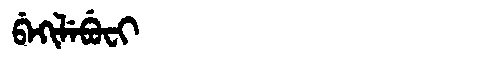
Manchu: ᠪᡝᡴᡳᠯᡝᠪᡠᠸᡳ
Romanization: BEKILEBUFI